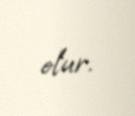
olur.